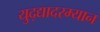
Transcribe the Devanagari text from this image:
युद्द्यादरम्यान